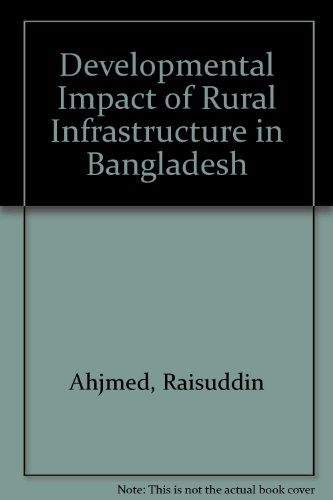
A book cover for Developmental Impact of Rural Infrastructure in Bangladesh (Research report); Raisuddin Ahjmed; Travel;